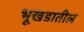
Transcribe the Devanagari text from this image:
भूखडातील